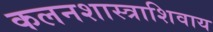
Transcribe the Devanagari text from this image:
कलनशास्त्राशिवाय